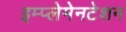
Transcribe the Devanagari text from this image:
इम्प्लेमेनटेशन